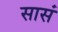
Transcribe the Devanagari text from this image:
सासं